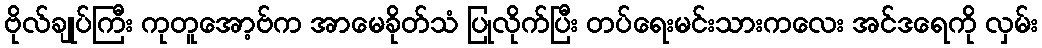
ဗိုလ်ချုပ်ကြီး ကုတူအော့ဗ်က အာမေခိုတ်သံ ပြုလိုက်ပြီး တပ်ရေးမင်းသားကလေး အင်ဒရေကို လှမ်း